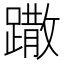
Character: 𨅖